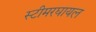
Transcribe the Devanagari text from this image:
स्टीमरघायल